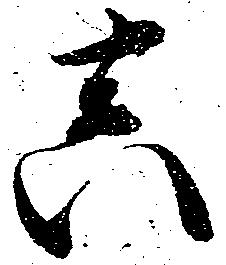
真